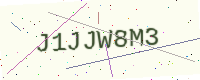
Text: J1JJW8M3